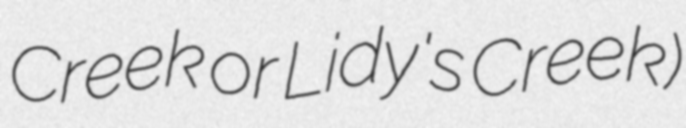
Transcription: Creek or Lidy's Creek)